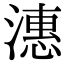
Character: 潓